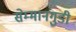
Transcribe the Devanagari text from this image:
सेम्मानगुडी